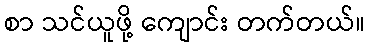
စာ သင်ယူဖို့ ကျောင်း တက်တယ်။